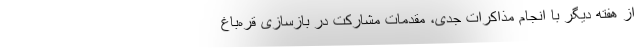
از هفته دیگر با انجام مذاکرات جدی، مقدمات مشارکت در بازسازی قره‌باغ